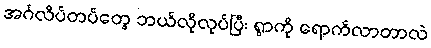
အင်္ဂလိပ်တပ်တွေ ဘယ်လိုလုပ်ပြီး ရွာကို ရောက်လာတာလဲ